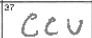
Transcription: CCU